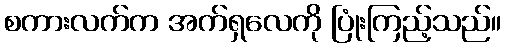
စကားလက်က အက်ရှလေကို ပြုံးကြည့်သည်။